Medical and sanitary report of the native army of Bengal for the year
Year: 1875
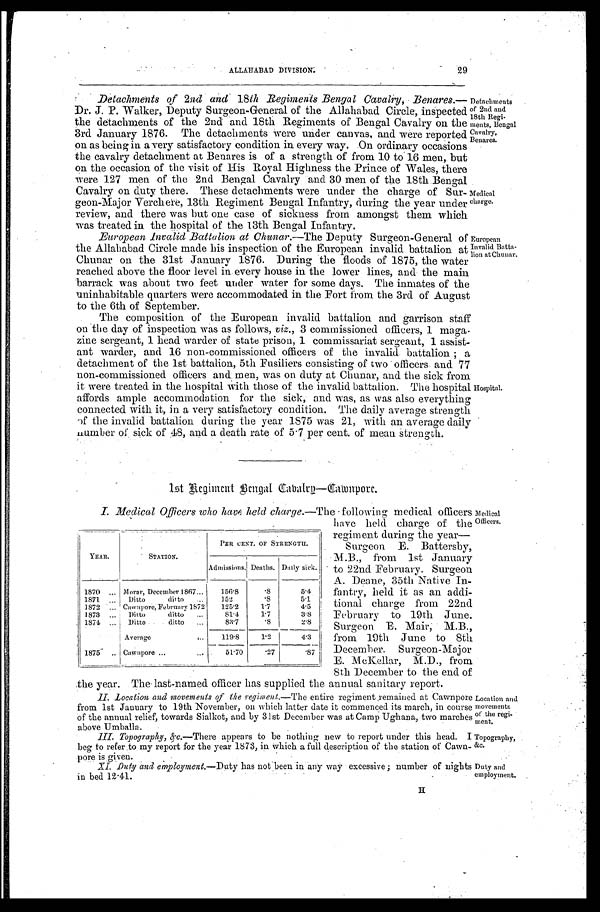
ALLAHABAD DIVISION.
29
Topography,
&c.
Duty and
employment.
Detachments of 2nd and 18th Regiments Bengal Cavalry, Benares
. — D r . J . P . W a l k e r , D e p u t y S u r g e o n - G e n e r a l o f t h e A l l a h a b a d C i r c l e , i n s p e c t e d
the detachments of the 2nd and 18th Regiments of Bengal Cavalry on the
3rd January 1876. The detachments Were under canvas, and were reported
on as being in a very satisfactory condition in every way. On ordinary occasions
the cavalry detachment at Benares is of a strength of from 10 to 16 men, but
On the occasion of the visit of His Royal Highness the Prince of Wales, there
were 127 men of the 2nd Bengal Cavalry and 30 men of the 18th Bengal
Cavalry on duty there. These detachments were under the charge of Sur
-geon-Major Verchere, 13th Regiment Bengal Infantry, during the year under
review, and there was but one case of sickness from amongst them which
was treated in the hospital of the 13th Bengal Infantry.
European Invalid Battalion at Chunar .—The Deputy Surgeon-General of
the Allahabad Circle made his inspection of the European invalid battalion at
Chunar on the 31st January 1876. During the floods of 1875, the water
reached above the floor level in every house in the lower lines, and the main
barrack was about two feet under water for some days. The inmates of the
uninhabitable quarters were accommodated in the Fort from the 3rd of August
to the 6th of September.
Detachments
of 2nd and
18th Regi
-ments, Bengal
Cavalry,
Benares.
Medical
charge.
European
Invalid Batta
-lion at Chunar.
The composition of the European invalid battalion and garrison staff
on the day of inspection was as follows, viz., 3 commissioned officers, 1 maga
-zine sergeant, 1 head warder of state prison, 1 commissariat sergeant, 1 assist
-ant warder, and 16 non-commissioned officers of the invalid battalion;
a d e t a c h m e n t o f t h e 1 s t b a t t a l i o n , 5 t h F u s i l i e r s c o n s i s t i n g o f t w o o f f i c e r s a n d 7 7
non-commissioned officers and men, was on duty at Chunar, and the sick from
it were treated in the hospital with those of the invalid battalion. The hospital
affords ample accommodation for the sick, and was, as was also everything
connected with it, in a very satisfactory condition. The daily average strength
of the invalid battalion during the year 1875 was 21, with an average daily
number of. sick of 48, and a death rate of 5.7 per cent. of mean strength.
Hospital.
1st Regiment Bengal Cavalry—Cawnpore.
I. Medical Officers who have held charge.—The following medical officers
have held charge of the
regiment during the year
—Surgeon E. Battersby,
M.B., from 1st January
to 22nd February. Surgeon
A. Deane, 35th Native In
-fantry, held it as an addi
-tional charge from 22nd
February to 19th June.
Surgeon E. Mair, M.B.,
from 19th June to 8th
December. Surgeon-Major
E. McKellar, M.D., from
8th December to the end of
the year. The last-named officer has supplied the annual sanitary report.
II. Location and movements of the regiment .—The entire regiment remained at Cawnpore
from 1st January to 19th November, on which latter date it commenced its march, in course
of the annual relief, towards Sialkot, and by 31st December was at Camp Ughana, two marches
above Umballa.
YEAR.
STATION.
PER CENT. OF STRENGTH.
Admissions. Deaths. Daily sick.
1870 . . .
Morar, December 1867 . . .
156.8
.8
5.4
1 8 7 1 . . .
Ditto ditto . . .
152
. 8
5.1
1872 . . .
Cawnpore, February 1872
125.2
1.7
4.5
1 8 7 3 . . .
Ditto ditto . . .
81.4
1.7
3.8
1874 . . .
Ditto ditto . . .
83.7
. 8
2.8
Average . . .
119.8
1.2
4.3
1875 . . .
C a w n p o r e . . .
51.70
.27
.87
Medical
Officers.
Location and
movements
of the regi
- m e n t .
III. Topography, &c. — T h e r e
a p p e a r s t o b e n o t h i n g n e w t o r e p o r t u n d e r t h i s h e a d . I
beg to refer to my report for the year 1873, in which a full description of the station of Cawn
-pore is given.
XI. Duty and employment.—Duty has not been in any way excessive; number of nights
in bed 12.41.
H